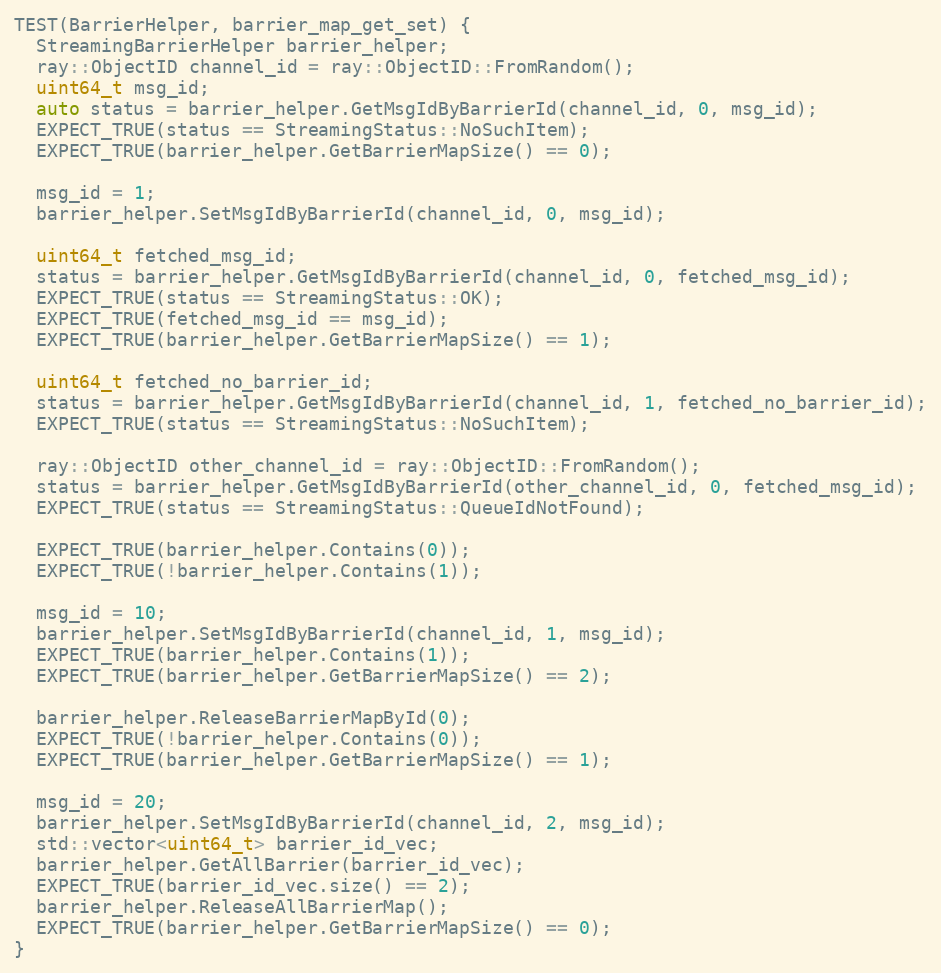
Language: C++
TEST(BarrierHelper, barrier_map_get_set) {
  StreamingBarrierHelper barrier_helper;
  ray::ObjectID channel_id = ray::ObjectID::FromRandom();
  uint64_t msg_id;
  auto status = barrier_helper.GetMsgIdByBarrierId(channel_id, 0, msg_id);
  EXPECT_TRUE(status == StreamingStatus::NoSuchItem);
  EXPECT_TRUE(barrier_helper.GetBarrierMapSize() == 0);

  msg_id = 1;
  barrier_helper.SetMsgIdByBarrierId(channel_id, 0, msg_id);

  uint64_t fetched_msg_id;
  status = barrier_helper.GetMsgIdByBarrierId(channel_id, 0, fetched_msg_id);
  EXPECT_TRUE(status == StreamingStatus::OK);
  EXPECT_TRUE(fetched_msg_id == msg_id);
  EXPECT_TRUE(barrier_helper.GetBarrierMapSize() == 1);

  uint64_t fetched_no_barrier_id;
  status = barrier_helper.GetMsgIdByBarrierId(channel_id, 1, fetched_no_barrier_id);
  EXPECT_TRUE(status == StreamingStatus::NoSuchItem);

  ray::ObjectID other_channel_id = ray::ObjectID::FromRandom();
  status = barrier_helper.GetMsgIdByBarrierId(other_channel_id, 0, fetched_msg_id);
  EXPECT_TRUE(status == StreamingStatus::QueueIdNotFound);

  EXPECT_TRUE(barrier_helper.Contains(0));
  EXPECT_TRUE(!barrier_helper.Contains(1));

  msg_id = 10;
  barrier_helper.SetMsgIdByBarrierId(channel_id, 1, msg_id);
  EXPECT_TRUE(barrier_helper.Contains(1));
  EXPECT_TRUE(barrier_helper.GetBarrierMapSize() == 2);

  barrier_helper.ReleaseBarrierMapById(0);
  EXPECT_TRUE(!barrier_helper.Contains(0));
  EXPECT_TRUE(barrier_helper.GetBarrierMapSize() == 1);

  msg_id = 20;
  barrier_helper.SetMsgIdByBarrierId(channel_id, 2, msg_id);
  std::vector<uint64_t> barrier_id_vec;
  barrier_helper.GetAllBarrier(barrier_id_vec);
  EXPECT_TRUE(barrier_id_vec.size() == 2);
  barrier_helper.ReleaseAllBarrierMap();
  EXPECT_TRUE(barrier_helper.GetBarrierMapSize() == 0);
}